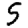
Digit: 5